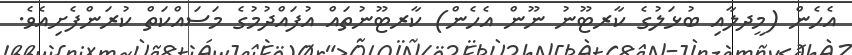
އެހެން (މީދލާއި ބުޅަލުގެ ކާރޓޫނު ނޫން އެހެން) ކާރޓޫނުތައް އުފައްދުމުގެ މަސައްކަތް ކުރަންފެށިއެވެ.